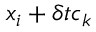
\boldsymbol { x } _ { i } + \delta t \boldsymbol { c } _ { k }